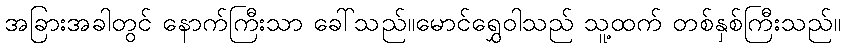
အခြားအခါတွင် နောက်ကြီးသာ ခေါ်သည်။မောင်ရွှေဝါသည် သူ့ထက် တစ်နှစ်ကြီးသည်။